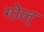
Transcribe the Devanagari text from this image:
गोल्